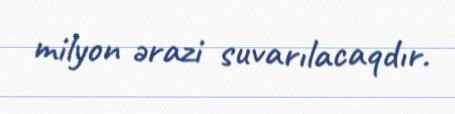
milyon ərazi suvarılacaqdır.